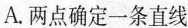
A.两点确定一条直线